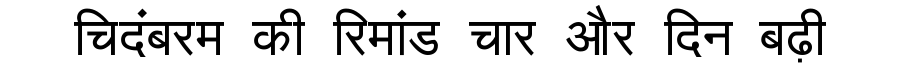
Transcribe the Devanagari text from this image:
चिदंबरम की रिमांड चार और दिन बढ़ी